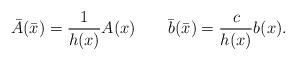
LaTeX: \begin{align*}\bar{A}(\bar{x})=\frac{1}{h(x)}A(x)\qquad\bar{b}(\bar{x})=\frac{c}{h(x)}b(x).\end{align*}